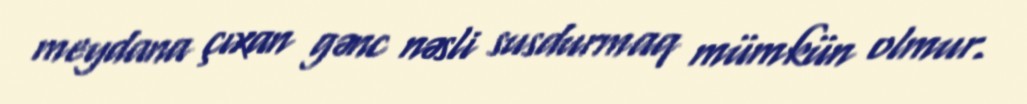
meydana çıxan gənc nəsli susdurmaq mümkün olmur.